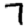
Digit: 7